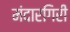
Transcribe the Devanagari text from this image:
मंदारगिरी